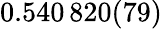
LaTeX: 0.540\, 820(79)